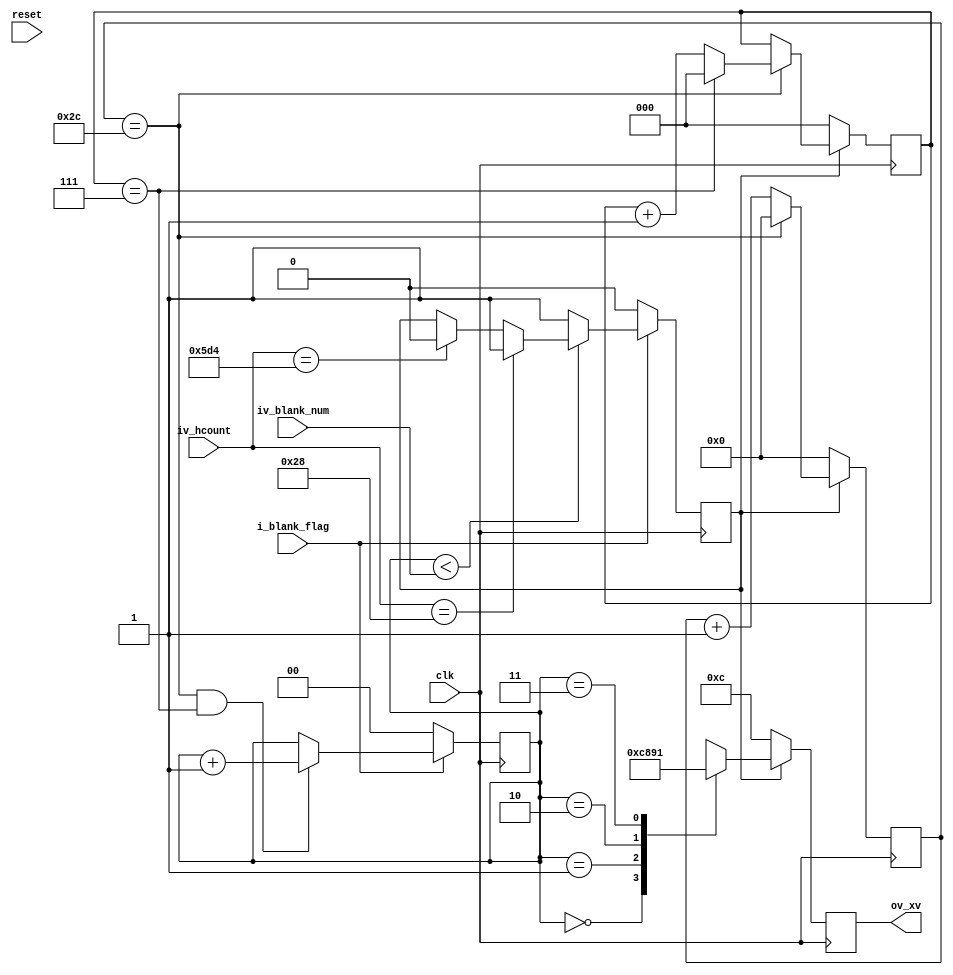
//-------------------------------------------------------------------------------------------------
//  --    : , 2010 -2015.
//  --      .
//  --          : FPGA
//  --        : blank_run
//  --        : 
//-------------------------------------------------------------------------------------------------
//
//  --  :
//
//  --          :| 				:|  
//-------------------------------------------------------------------------------------------------
//  --        :| 2014/1/10 11:22:23	:|  
//  --        :| 2015/12/7 10:10:59	:|  u3
//-------------------------------------------------------------------------------------------------
//
//  --      :
//              1)  : ... ...
//
//              2)  : ... ...
//
//              3)  : ... ...
//
//-------------------------------------------------------------------------------------------------
///
`timescale 1ns/1ps
//-------------------------------------------------------------------------------------------------

module ccd_blank # (
	parameter	XV_WIDTH						= 4				,
	parameter	XV_DEFAULT_VALUE				= 4'b1100		,
	parameter	XV_VALUE1						= 4'b1100		,
	parameter	XV_VALUE2						= 4'b1000		,
	parameter	XV_VALUE3						= 4'b1001		,
	parameter	XV_VALUE4						= 4'b0001		,
	parameter	XV_VALUE5						= 4'b0011		,
	parameter	XV_VALUE6						= 4'b0010		,
	parameter	XV_VALUE7						= 4'b0110		,
	parameter	XV_VALUE8						= 4'b0100		,
	parameter	LINE_START_POS					= 40			,	//
	parameter	LINE_PERIOD						= 1532			,	//
	parameter	ONE_LINE_BLANK_NUM				= 4				,	//
	parameter	ONE_BLANK_STATE_NUM				= 8					//
	)
	(
	input							clk					,	//
	input							reset				,	//
	input		[12:0]				iv_hcount			,	//
	input							i_blank_flag		,	//
	input       [12:0]				iv_blank_num		,	//
	output		[XV_WIDTH-1:0]		ov_xv					//xv
	);

	//	ref signals

	//	-------------------------------------------------------------------------------------
	//	
	//	-------------------------------------------------------------------------------------
	localparam	ONE_STATE_CLK_NUM		= ((LINE_PERIOD-LINE_START_POS*2)/(ONE_LINE_BLANK_NUM*ONE_BLANK_STATE_NUM))	;	//
	localparam	CLK_CNT_WIDTH			= log2(ONE_STATE_CLK_NUM-1);
	localparam	STATE_CNT_WIDTH			= log2(ONE_BLANK_STATE_NUM-1);
	localparam	BLANK_CNT_WIDTH			= log2(ONE_LINE_BLANK_NUM);	//

	localparam	LINE_END_POS			= LINE_PERIOD-LINE_START_POS;	//

	//	-------------------------------------------------------------------------------------
	//	
	//	-------------------------------------------------------------------------------------
	function integer log2 (input integer xx);
		integer x;
		begin
			x	= xx-1 ;
			for (log2=0;x>0;log2=log2+1) begin
				x	= x >> 1;
			end
		end
	endfunction

	//	-------------------------------------------------------------------------------------
	//	
	//	-------------------------------------------------------------------------------------
	reg									blank_flag_int	= 1'b0;
	reg		[CLK_CNT_WIDTH-1:0]			clk_cnt			= 'b0;
	reg		[STATE_CNT_WIDTH-1:0]		state_cnt		= 'b0;
	reg		[BLANK_CNT_WIDTH-1:0]		blank_cnt		= 'b0;
	reg		[XV_WIDTH-1	:0]				xv_reg			= XV_DEFAULT_VALUE;



	//	ref ARCHITECTURE

	//	===============================================================================================
	//	ref ******
	//	===============================================================================================
	//	-------------------------------------------------------------------------------------
	//	blank_flag_int 
	//	--i_blank_flag=0
	//	--
	//	--
	//	-------------------------------------------------------------------------------------
	always @ (posedge clk) begin
		if(!i_blank_flag) begin
			blank_flag_int	<= 1'b0;
		end
		else begin
			if(blank_cnt<iv_blank_num) begin
				if(iv_hcount==LINE_START_POS) begin
					blank_flag_int	<= 1'b1;
				end
				else if(iv_hcount==LINE_END_POS) begin
					blank_flag_int	<= 1'b0;
				end
			end
			else begin
				blank_flag_int	<= 1'b1;
			end
		end
	end

	//	-------------------------------------------------------------------------------------
	//	clk_cnt 
	//	--blank_flag_int=0clk_cnt
	//	--clk_cnt=0
	//	--
	//	-------------------------------------------------------------------------------------
	always @ (posedge clk) begin
		if(!blank_flag_int) begin
			clk_cnt	<= 'b0;
		end
		else begin
			if(clk_cnt==(ONE_STATE_CLK_NUM-1)) begin
				clk_cnt	<= 'b0;
			end
			else begin
				clk_cnt	<= clk_cnt + 1'b1;
			end
		end
	end

	//	-------------------------------------------------------------------------------------
	//	state_cnt 
	//	--blank_flag_int=0state_cnt
	//	--clk_cntstate_cntblankstate_cnt
	//	--state_cntstate_cnt
	//	-------------------------------------------------------------------------------------
	always @ (posedge clk) begin
		if(!blank_flag_int) begin
			state_cnt	<= 'b0;
		end
		else begin
			if(clk_cnt==(ONE_STATE_CLK_NUM-1)) begin
				if(state_cnt==(ONE_BLANK_STATE_NUM-1)) begin
					state_cnt	<= 'b0;
				end
				else begin
					state_cnt	<= state_cnt + 1'b1;
				end
			end
		end
	end

	//	-------------------------------------------------------------------------------------
	//	blank_cnt 
	//	--i_blank_flag=0blank_cnt
	//	--clk_cntstate_cntblankblank_cnt
	//	-------------------------------------------------------------------------------------
	always @ (posedge clk) begin
		if(!i_blank_flag) begin
			blank_cnt	<= 'b0;
		end
		else begin
			if(clk_cnt==(ONE_STATE_CLK_NUM-1) && state_cnt==(ONE_BLANK_STATE_NUM-1)) begin
				blank_cnt	<= blank_cnt + 1'b1;
			end
		end
	end

	//	===============================================================================================
	//	ref ******
	//	===============================================================================================
	//  -------------------------------------------------------------------------------------
	//	xv 
	//  -------------------------------------------------------------------------------------
	always @ (posedge clk) begin
		if(blank_flag_int) begin
			case(blank_cnt)
				0 : begin
					xv_reg	<= XV_VALUE1;
				end
				1 : begin
					xv_reg	<= XV_VALUE2;
				end
				2 : begin
					xv_reg	<= XV_VALUE3;
				end
				3 : begin
					xv_reg	<= XV_VALUE4;
				end
				4 : begin
					xv_reg	<= XV_VALUE5;
				end
				5 : begin
					xv_reg	<= XV_VALUE6;
				end
				6 : begin
					xv_reg	<= XV_VALUE7;
				end
				7 : begin
					xv_reg	<= XV_VALUE8;
				end
			endcase
		end
		else begin
			xv_reg	<= XV_DEFAULT_VALUE;
		end
	end
	assign	ov_xv	= xv_reg;

endmodule